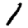
Digit: 1